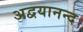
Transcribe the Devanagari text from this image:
अद्वयानन्द